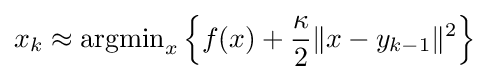
x_{k}\approx {\text{argmin}}_{x}\left\{f(x)+{\frac {\kappa }{2}}\|x-y_{k-1}\|^{2}\right\}